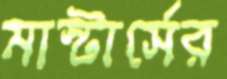
মাস্টার্সের